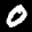
Label: 0